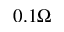
0 . 1 \Omega